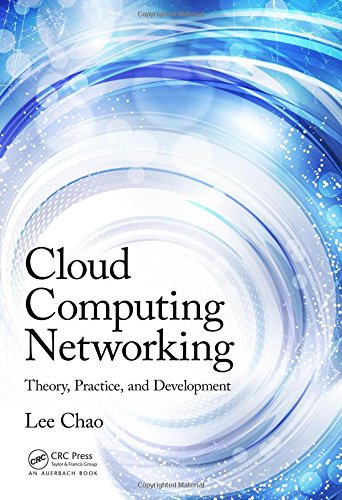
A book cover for Cloud Computing Networking: Theory, Practice, and Development; Lee Chao; Computers & Technology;